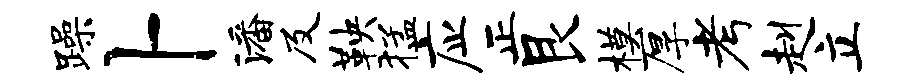
躁卜潘及鞅猛应正艮模厚考赳立